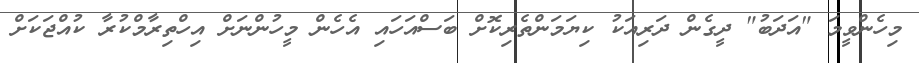
މިހެންވީމަ "އަދަބު" ދީގެން ދަރިއަކު ކިޔަމަންތެރިކޮށް ބަސްއަހައި އެހެން މީހުންނަށް އިހްތިރާމްކުރާ ކުއްޖަކަށް